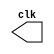
// CLOCK
// Nome: Tiago Moreira
//
// -- modulo Clock
module clock(clk);
	output clk;
	reg clk;
	
	initial
		begin
		clk = 1'b0;
		end
		
	always
		begin
		#4 clk = ~clk;
		end
		
endmodule //clock